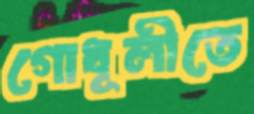
গোধূলীতে